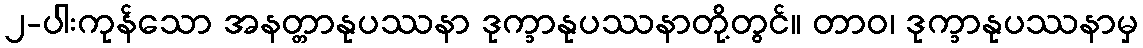
၂-ပါးကုန်သော အနတ္တာနုပဿနာ ဒုက္ခာနုပဿနာတို့တွင်။ တာဝ၊ ဒုက္ခာနုပဿနာမှ